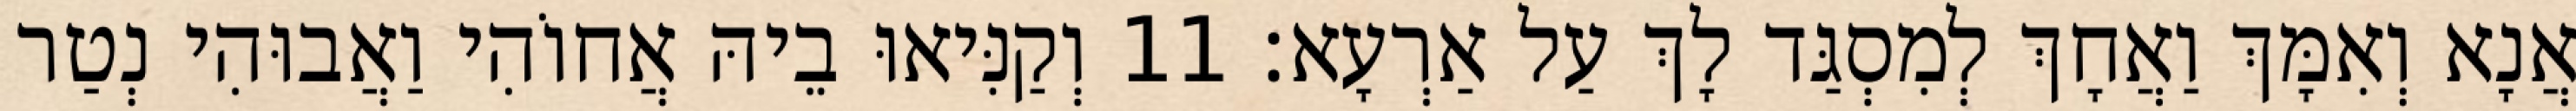
אֲנָא וְאִמָּךְ וַאֲחָךְ לְמִסְגַּד לָךְ עַל אַרְעָא׃ 11 וְקַנִּיאוּ בֵיהּ אֲחוֹהִי וַאֲבוּהִי נְטַר